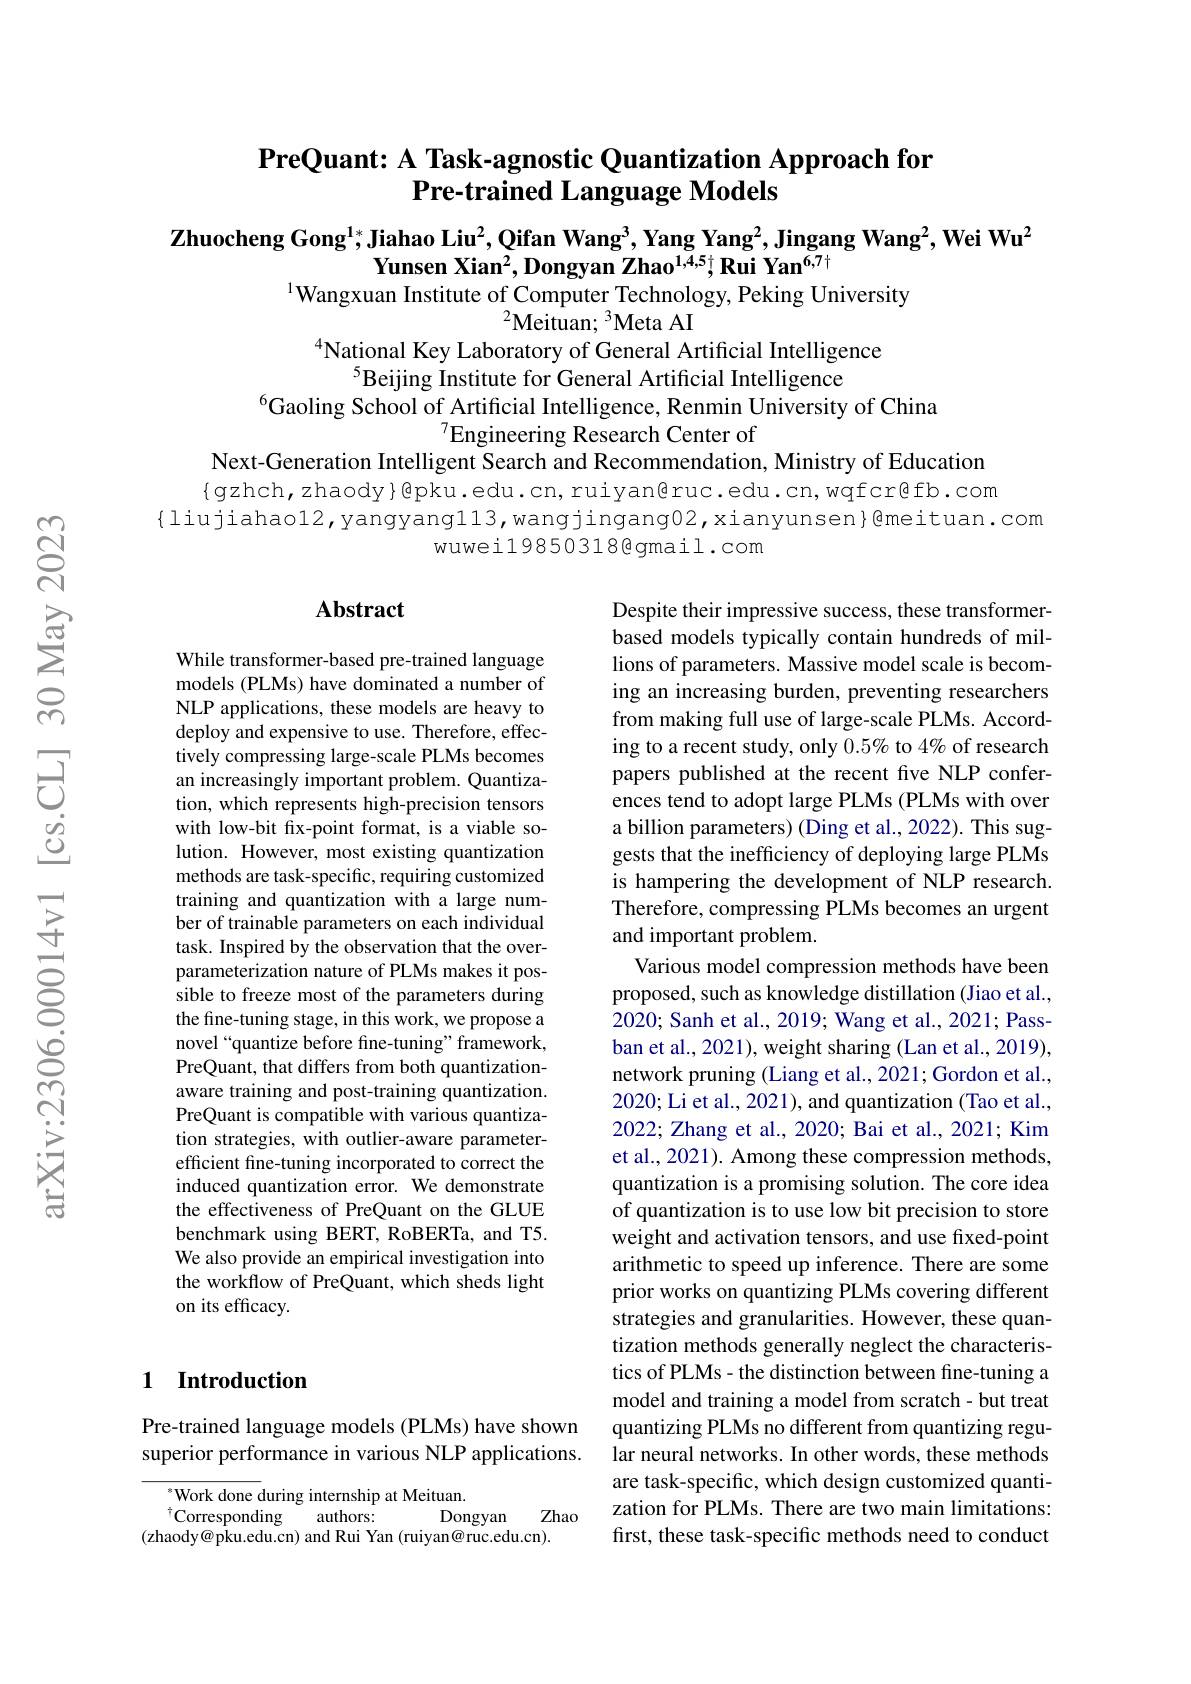
## PreQuant: A Task-agnostic Quantization Approach for Pre-trained Language Models

$\textbf{Zhuocheng Gong}^{1*}$,Jiahao Liu$^2,\textbf{Qifan Wang}^3,\textbf{Yang Yang}^2,\textbf{Jingang Wang}^2,\textbf{Wei Wu}^2$
Yunsen Xian$^2,\textbf{Dongyan Zhao}^{1,4,5\dagger}\textbf{Rui Yan}^{6,7\dagger}$
$^{1}$Wangxuan Institute of Computer Technology, Peking University
$^{2}\tilde{\mathrm{Meituan;~}}^{3}$Meta AI

National Key Laboratory of General Artificial Intelligence
$^{5}$Beijing Institute for General Artificial Intelligence
$^{6}$Gaoling School of Artificial Intelligence, Renmin University of China
$^{7}$Engineering Research Center of
Next-Generation Intelligent Search and Recommendation, Ministry of Education $\{$gzhch,zhaody}@pku.edu.cn,ruiyan@ruc.edu.cn,wqfcr@fb.com
{liujiahao12,yangyang113,wangjingang02,xianyunsen}@meituan.com
wuweil9850318@gmail.com

### $\mathbf{Abstract}$

While transformer-based pre-trained language models (PLMs) have dominated a number of NLP applications, these models are heavy to deploy and expensive to use. Therefore, effectively compressing large-scale PLMs becomes an increasingly important problem. Quantization, which represents high-precision tensors with low-bit fix-point format, is a viable solution. However, most existing quantization methods are task-specific, requiring customized training and quantization with a large number of trainable parameters on each individual task. Inspired by the observation that the overparameterization nature of PLMs makes it possible to freeze most of the parameters during the fine-tuning stage, in this work, we propose a novel“quantize before fine-tuning”framework, PreQuant, that differs from both quantizationaware training and post-training quantization. PreQuant is compatible with various quantization strategies, with outlier-aware parameterefficient fine-tuning incorporated to correct the induced quantization error. We demonstrate the effectiveness of PreQuant on the GLUE benchmark using BERT, RoBERTa, and T5. We also provide an empirical investigation into the workflow of PreQuant, which sheds light on its efficacy.

Despite their impressive success, these transformerbased models typically contain hundreds of millions of parameters. Massive model scale is becoming an increasing burden, preventing researchers from making full use of large-scale PLMs. According to a recent study, only $0.5\%$ to 4% of research papers published at the recent five NLP conferences tend to adopt large PLMs (PLMs with over a billion parameters) (Ding et al., 2022). This suggests that the inefficiency of deploying large PLMs is hampering the development of NLP research. Therefore, compressing PLMs becomes an urgent and important problem.
Various model compression methods have been proposed, such as knowledge distillation (Jiao et al., 2020; Sanh et al., 2019; Wang et al., 2021; Passban et al., 2021), weight sharing (Lan et al., 2019), network pruning (Liang et al., 2021; Gordon et al., 2020; Li et al., 2021), and quantization (Tao et al., 2022; Zhang et al., 2020; Bai et al., 2021; Kim et al., 2021). Among these compression methods quantization is a promising solution. The core idea of quantization is to use low bit precision to store weight and activation tensors, and use fixed-point arithmetic to speed up inference. There are some prior works on quantizing PLMs covering different strategies and granularities. However, these quantization methods generally neglect the characteristics of PLMs- the distinction between fine-tuning a model and training a model from scratch - but treat quantizing PLMs no different from quantizing regular neural networks. In other words, these methods are task-specific, which design customized quantization for PLMs. There are two main limitations: first, these task-specific methods need to conduct

## 1 Introduction

## Pre-trained language models (PLMs) have shown superior performance in various NLP applications.

${}^{*}$Work done during internship at Meituan.
$^{\dagger}$Corresponding
authors:
Zhao
Dongyan
(zhaody@pku.edu.cn) and Rui Yan (ruiyan@ruc.edu.cn).